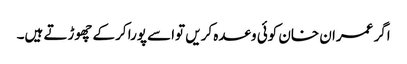
اگر عمران خان کوئی وعدہ کریں تواسے پورا کرکے چھوڑتے ہیں۔